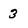
Character: 3